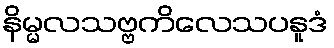
နိမ္မလသဗ္ဗကိလေသပနူဒံ